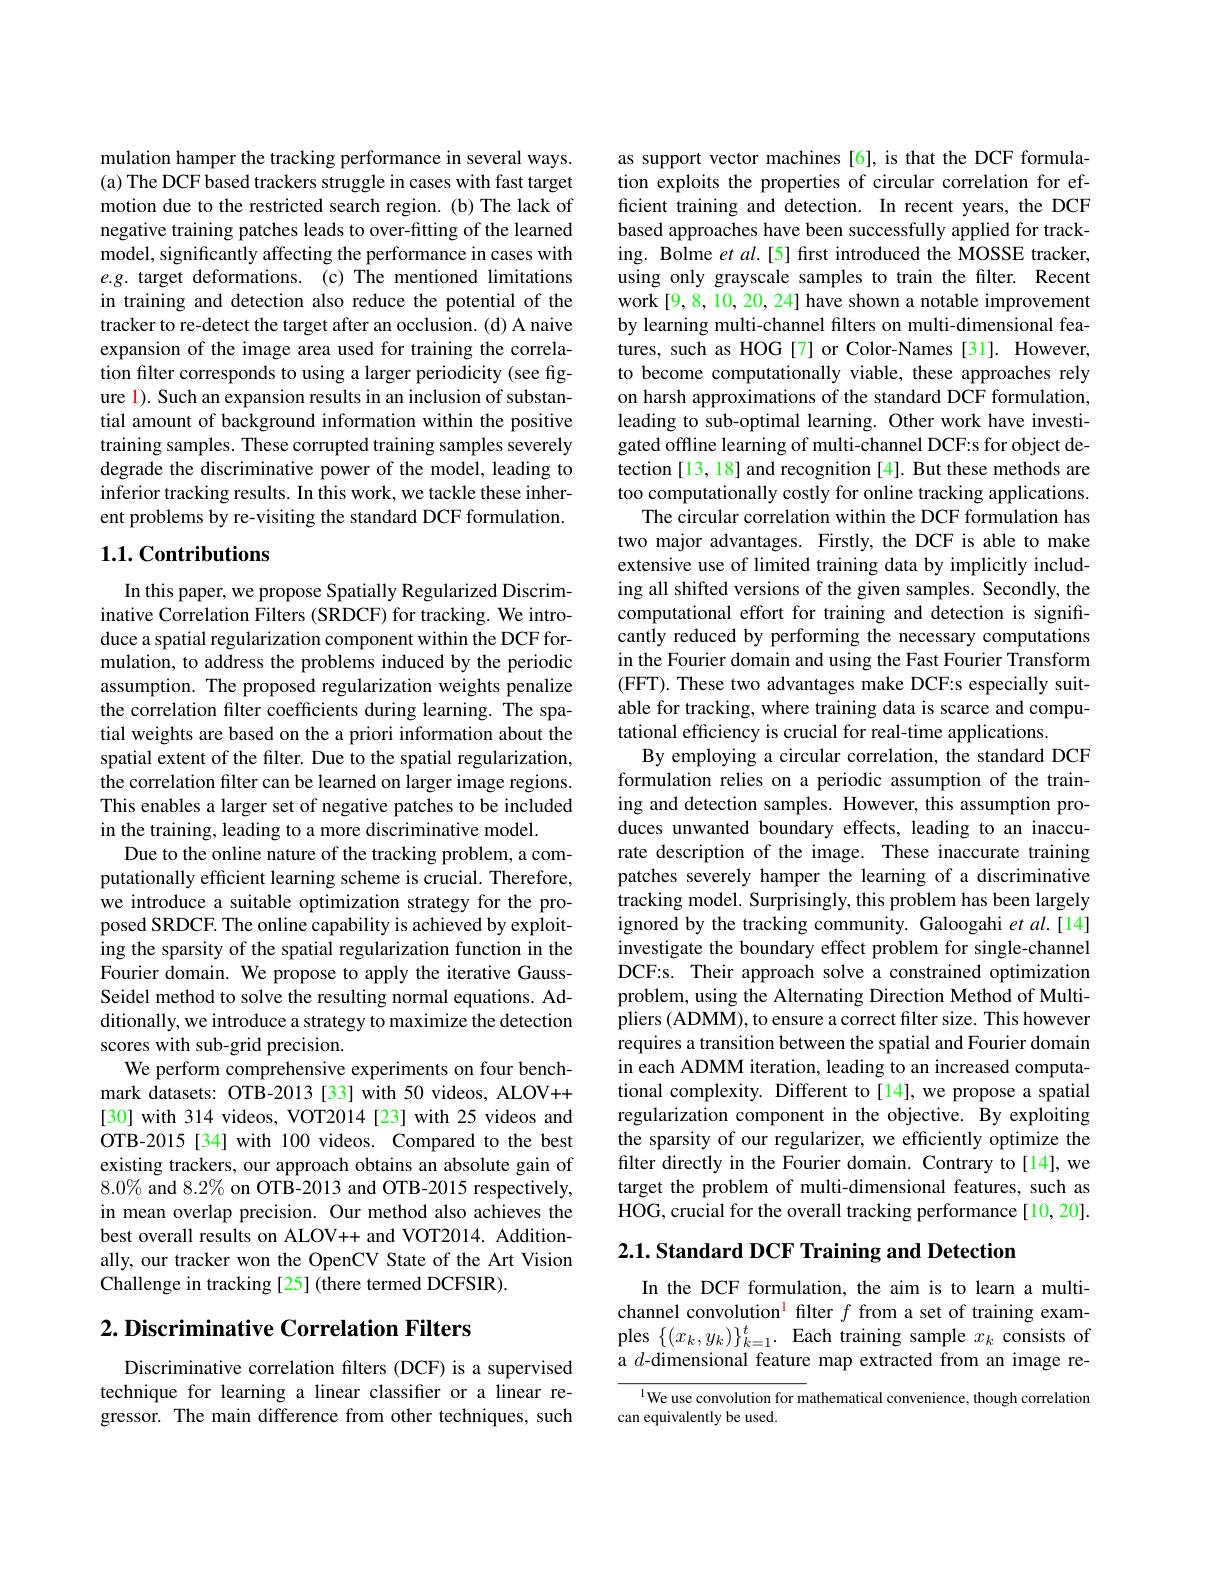
mulation hamper the tracking performance in several ways. (a) The DCF based trackers struggle in cases with fast target motion due to the restricted search region. (b) The lack of negative training patches leads to over-fitting of the learned model, significantly affecting the performance in cases with $e.g.$ target deformations. (c) The mentioned limitations in training and detection also reduce the potential of the tracker to re-detect the target after an occlusion. (d) A naive expansion of the image area used for training the correlation filter corresponds to using a larger periodicity (see figure 1). Such an expansion results in an inclusion of substantial amount of background information within the positive training samples. These corrupted training samples severely degrade the discriminative power of the model, leading to inferior tracking results. In this work, we tackle these inherent problems by re-visiting the standard DCF formulation.

## 1.1. Contributions

In this paper, we propose Spatially Regularized Discriminative Correlation Filters (SRDCF) for tracking. We introduce a spatial regularization component within the DCF formulation, to address the problems induced by the periodic assumption. The proposed regularization weights penalize the correlation filter coefficients during learning. The spatial weights are based on the a priori information about the spatial extent of the filter. Due to the spatial regularization, the correlation filter can be learned on larger image regions. This enables a larger set of negative patches to be included in the training, leading to a more discriminative model.
Due to the online nature of the tracking problem, a computationally efficient learning scheme is crucial. Therefore, we introduce a suitable optimization strategy for the proposed SRDCF. The online capability is achieved by exploiting the sparsity of the spatial regularization function in the Fourier domain. We propose to apply the iterative GaussSeidel method to solve the resulting normal equations. Additionally, we introduce a strategy to maximize the detection scores with sub-grid precision.
We perform comprehensive experiments on four benchmark datasets: OTB-2013 [33] with 50 videos, ALOV++ [30] with 314 videos, VOT2014 [23] with 25 videos and OTB-2015[34] with 100 videos. Compared to the best existing trackers, our approach obtains an absolute gain of $8.0\%$ and $8.2\%$ on OTB-2013 and OTB-2015 respectively, in mean overlap precision. Our method also achieves the best overall results on ALOV++ and VOT2014. Additionally, our tracker won the OpenCV State of the Art Vision Challenge in tracking [25] (there termed DCFSIR).

## $2. \textbf{ Discriminative Correlation Filters}$

Discriminative correlation filters (DCF) is a supervised technique for learning a linear classifier or a linear regressor. The main difference from other techniques, such

as support vector machines [6], is that the DCF formulation exploits the properties of circular correlation for efficient training and detection. In recent years, the DCF based approaches have been successfully applied for tracking. Bolme $etal.[5]$ first introduced the MOSSE tracker, using only grayscale samples to train the filter. Recent work [9,8,10,20,24] have shown a notable improvement by learning multi-channel filters on multi-dimensional features, such as HOG[7] or Color-Names [31]. However, to become computationally viable, these approaches rely on harsh approximations of the standard DCF formulation, leading to sub-optimal learning. Other work have investigated offline learning of multi-channel DCF:s for object detection [13, 18] and recognition [4]. But these methods are too computationally costly for online tracking applications.
The circular correlation within the DCF formulation has two major advantages. Firstly, the DCF is able to make extensive use of limited training data by implicitly including all shifted versions of the given samples. Secondly, the computational effort for training and detection is significantly reduced by performing the necessary computations in the Fourier domain and using the Fast Fourier Transform (FFT). These two advantages make DCF:s especially suitable for tracking, where training data is scarce and computational efficiency is crucial for real-time applications.
By employing a circular correlation, the standard DCF formulation relies on a periodic assumption of the training and detection samples. However, this assumption produces unwanted boundary effects, leading to an inaccurate description of the image. These inaccurate training patches severely hamper the learning of a discriminative tracking model. Surprisingly, this problem has been largely ignored by the tracking community. Galoogahi et al.[14] investigate the boundary effect problem for single-channel DCF:s. Their approach solve a constrained optimization problem, using the Alternating Direction Method of Multipliers (ADMM), to ensure a correct filter size. This however requires a transition between the spatial and Fourier domain in each ADMM iteration, leading to an increased computational complexity. Different to[14],we propose a spatial regularization component in the objective. By exploiting the sparsity of our regularizer, we efficiently optimize the filter directly in the Fourier domain. Contrary to[14],we target the problem of multi-dimensional features, such as HOG, crucial for the overall tracking performance[10,20]. 2.1. Standard DCF Training and Detection

In the DCF formulation, the aim is to learn a multichannel convolution$^{\mathrm{l}}$ filter $f$ from a set of training examples $\{(x_k,y_k)\}_{k=1}^t.$ Each training sample $x_k$ consists of a $d$-dimensional feature map extracted from an image re-

$^{1}$We use convolution for mathematical convenience, though correlation
can equivalently be used.